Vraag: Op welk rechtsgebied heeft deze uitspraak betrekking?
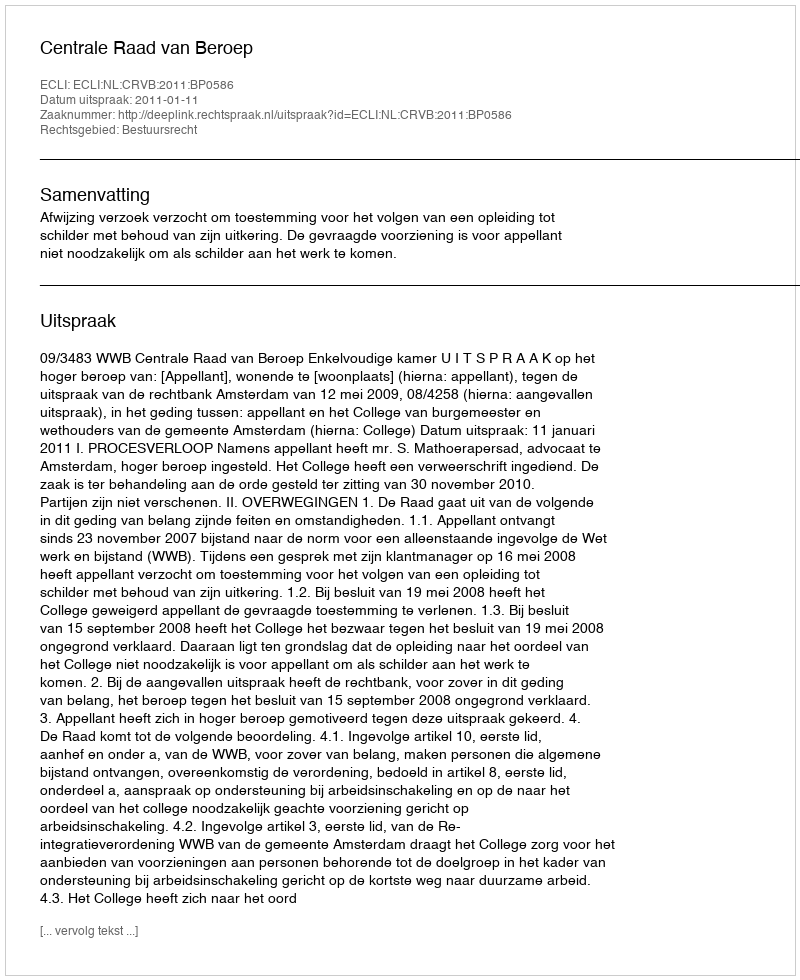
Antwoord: Bestuursrecht